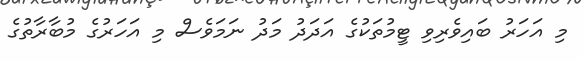
މި އަހަރު ބައިވެރިވި ޓީމުތަކުގެ އަދަދު މަދު ނަމަވެސް މި އަހަރުގެ މުބާރާތުގެ